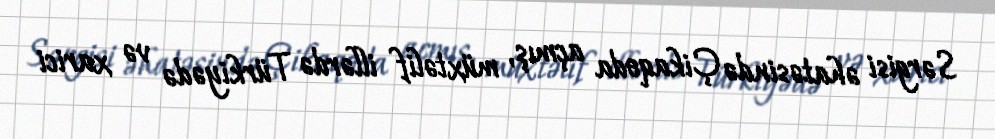
Sərgisi əhatəsində Çikaqoda açmış, müxtəlif illərdə Türkiyədə və xarici